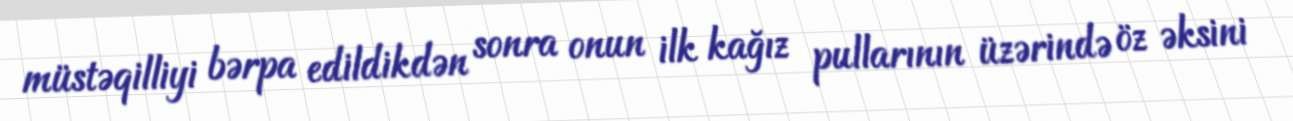
müstəqilliyi bərpa edildikdən sonra onun ilk kağız pullarının üzərində öz əksini